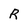
Character: R